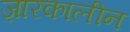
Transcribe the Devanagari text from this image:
ज़ारकालीन